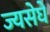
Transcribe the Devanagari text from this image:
ज्यसेघे